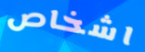
اشخاص